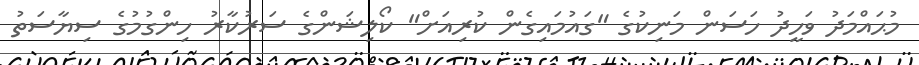
މުޙައްމަދު ވަހީދު ހަސަން މަނިކުގެ "ގައުމައިގެން ކުރިއަށް" ކޯލިޝަންގެ ސަރުކާރު ހިންގުމުގެ ސިޔާސަތު